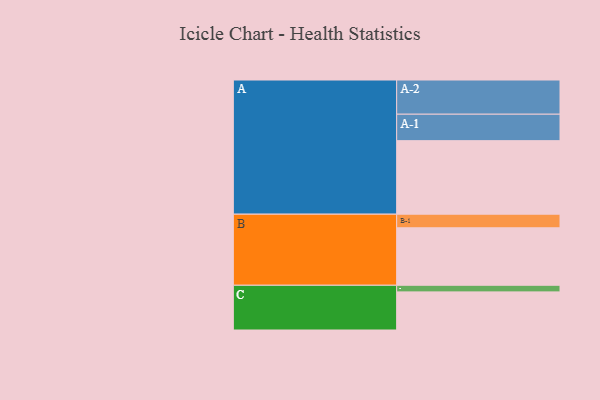
{"axis": {"x": "Segment", "y": "Value"}, "legend": ["", "A", "B", "C"], "data": [{"x": "A", "y": 600, "type": ""}, {"x": "B", "y": 469, "type": ""}, {"x": "C", "y": 311, "type": ""}, {"x": "A-1", "y": 216, "type": "A"}, {"x": "A-2", "y": 279, "type": "A"}, {"x": "B-1", "y": 111, "type": "B"}, {"x": "C-1", "y": 54, "type": "C"}]}